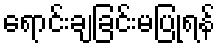
ရောင်းချခြင်းမပြုရန်